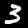
Digit: 3